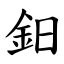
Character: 鈤